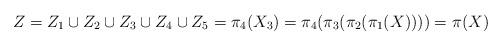
LaTeX: \begin{align*}Z= Z_1\cup Z_2\cup Z_3\cup Z_4 \cup Z_5 = \pi_4(X_3) = \pi_4(\pi_3(\pi_2(\pi_1(X)))) = \pi(X)\end{align*}